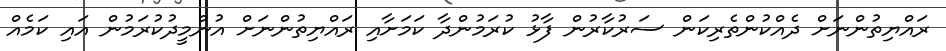
ރައްޔިތުންނަށް ދެއްކުންތެރިކަން ސަރުކާރުން ފާޅު ކުރަމުންދާ ކަމަށާއި ރައްޔިތުންނަށް އުންމީދުކުރަމުން އައި ކަމެއް